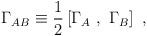
LaTeX: \begin{align*}\Gamma_{AB}\equiv{1\over 2}\left[\Gamma_A~,~\Gamma_B\right]~,\end{align*}